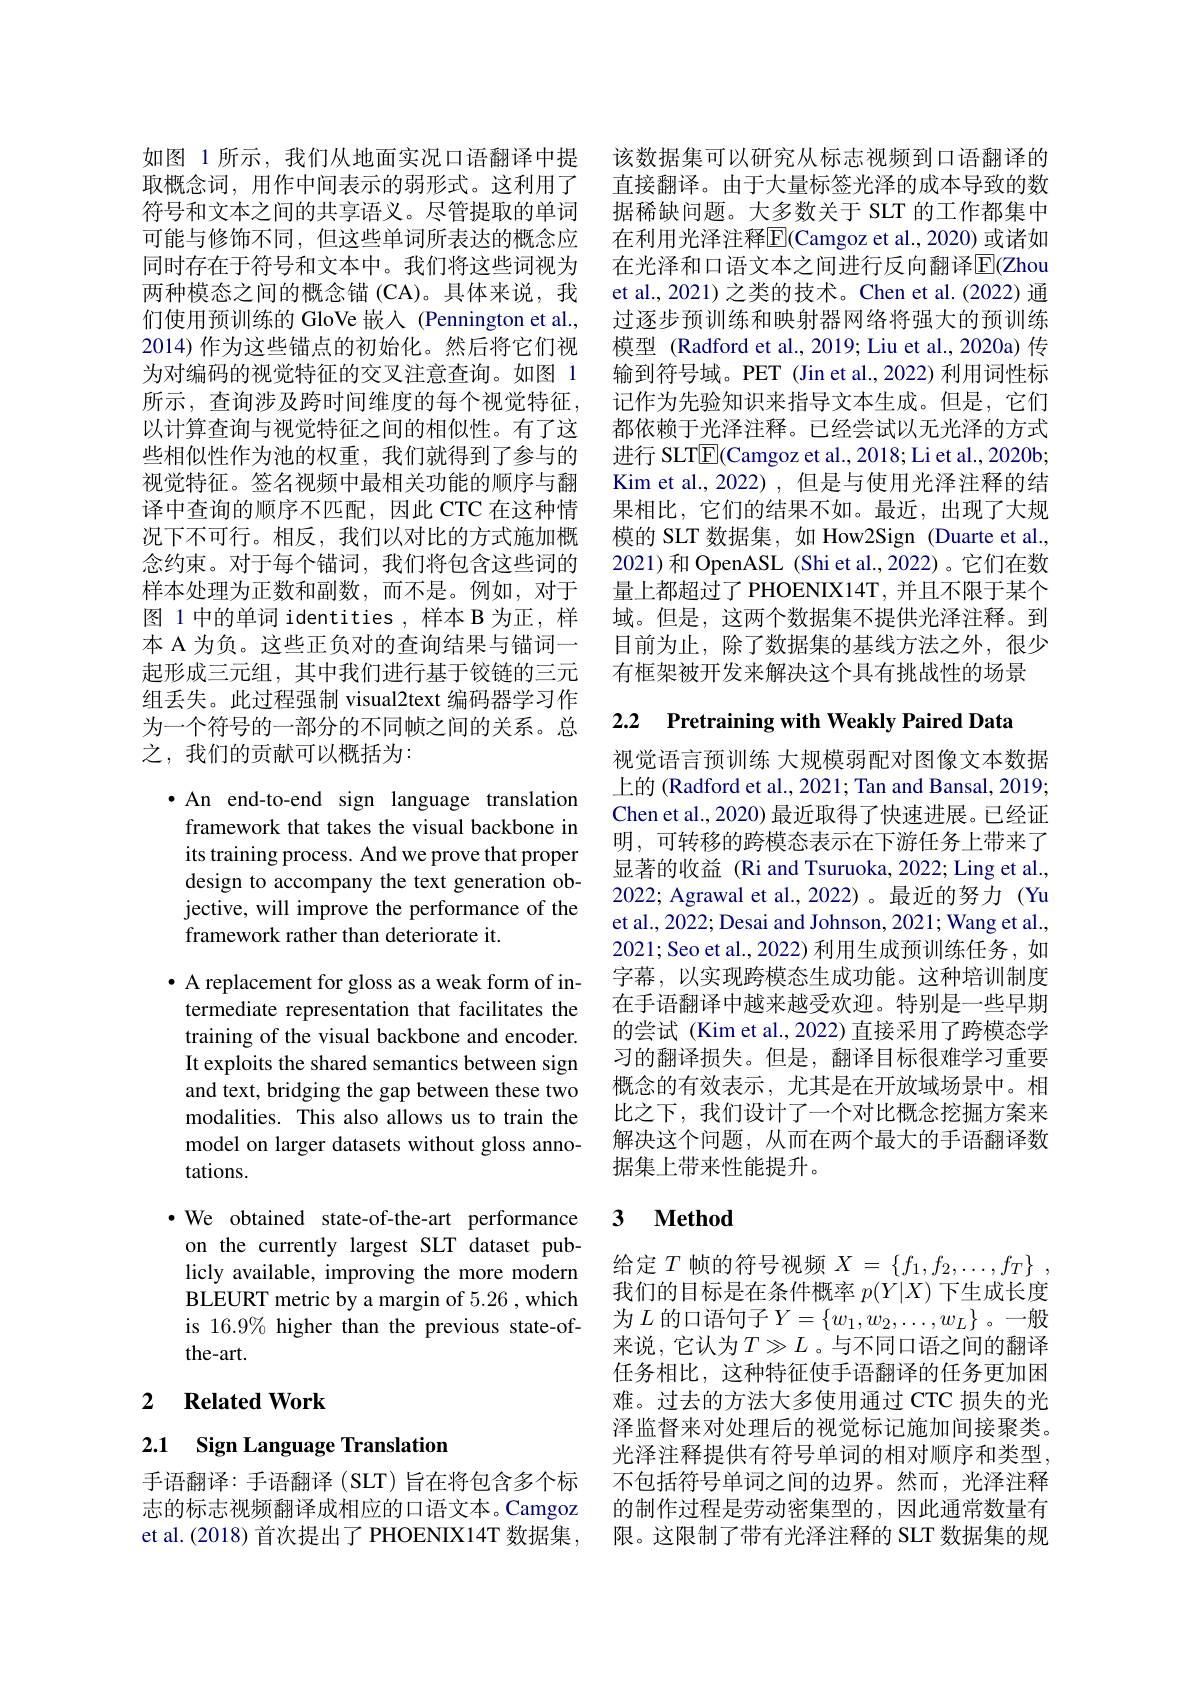
可能与修饰不同，但这些单词所表达的概念应两种模态之间的概念锚(CA)。具体来说，我们使用预训练的 GloVe 嵌入 (Pennington et al., 2014)作为这些锚点的初始化。然后将它们视为对编码的视觉特征的交叉注意查询。如图 1所示，查询涉及跨时间维度的每个视觉特征， 以计算查询与视觉特征之间的相似性。有了这些相似性作为池的权重，我们就得到了参与的视觉特征。签名视频中最相关功能的顺序与翻译中查询的顺序不匹配，因此 CTC 在这种情况下不可行。相反，我们以对比的方式施加概念约束。对于每个锚词，我们将包含这些词的样本处理为正数和副数，而不是。例如，对于图 1 中的单词 identities , 样本 B 为正，样本 A 为负。这些正负对的查询结果与锚词一起形成三元组，其中我们进行基于铰链的三元组丢失。此过程强制 visual2text 编码器学习作为一个符号的一部分的不同帧之间的关系。总之，我们的贡献可以概括为：

·An end-to-end sign language translation framework that takes the visual backbone in its training process. And we prove that proper design to accompany the text generation objective, will improve the performance of the framework rather than deteriorate it.

$\bullet$ A replacement for gloss as a weak form of intermediate representation that facilitates the training of the visual backbone and encoder. It exploits the shared semantics between sign and text, bridging the gap between these two modalities. This also allows us to train the model on larger datasets without gloss annotations.

·We obtained state-of-the-art performance
on the currently largest SLT dataset publicly available, improving the more modern BLEURT metric by a margin of 5.26 , which is 16.9% higher than the previous state-ofthe-art.

## 2 $\textbf{Related Work}$

2.1 Sign Language Translation

如图 1 所示，我们从地面实况口语翻译中提 该数据集可以研究从标志视频到口语翻译的取概念词，用作中间表示的弱形式。这利用了 直接翻译。由于大量标签光泽的成本导致的数符号和文本之间的共享语义。尽管提取的单词 据稀缺问题。大多数关于 SLT 的工作都集中
在利用光泽注释$\overline{\mathrm{F}}($Camgoz et al., 2020) 或诸如
同时存在于符号和文本中。我们将这些词视为 在光泽和口语文本之间进行反向翻译E(Zhou
et al., 2021) 之类的技术。Chen et al.(2022) 通过逐步预训练和映射器网络将强大的预训练模型 (Radford et al., 2019; Liu et al., 2020a) 传输到符号域。PET (Jin et al., 2022) 利用词性标记作为先验知识来指导文本生成。但是，它们都依赖于光泽注释。已经尝试以无光泽的方式进行 SLT$\overline{\mathrm{E}}($Camgoz et al., 2018; Li et al., 2020b; Kim et al.,2022),但是与使用光泽注释的结果相比，它们的结果不如。最近，出现了大规模的 SLT 数据集，如 How2Sign (Duarte et al., 2021)和 OpenASL (Shi et al.,2022)。它们在数量上都超过了 PHOENIX14T, 并且不限于某个域。但是，这两个数据集不提供光泽注释。到目前为止，除了数据集的基线方法之外，很少有框架被开发来解决这个具有挑战性的场景

2.2 Pretraining with Weakly Paired Data

视觉语言预训练 大规模弱配对图像文本数据上的 (Radford et al., 2021; Tan and Bansal, 2019; Chen et al., 2020) 最近取得了快速进展。已经证明，可转移的跨模态表示在下游任务上带来了显著的收益 (Ri and Tsuruoka, 2022; Ling et al., 2022; Agrawal et al.,2022)。最近的努力(Yu et al., 2022; Desai and Johnson, 2021; Wang et al., 2021;Seo et al., 2022)利用生成预训练任务，如字幕，以实现跨模态生成功能。这种培训制度在手语翻译中越来越受欢迎。特别是一些早期的尝试 (Kim et al., 2022) 直接采用了跨模态学习的翻译损失。但是，翻译目标很难学习重要概念的有效表示，尤其是在开放域场景中。相比之下，我们设计了一个对比概念挖掘方案来解决这个问题，从而在两个最大的手语翻译数据集上带来性能提升。

## 3 $\textbf{Method}$

给定$T$帧的符号视频$X=\left\{f_1,f_2,\ldots,f_T\right\}$, 我们的目标是在条件概率$p(Y|X)$下生成长度为$L$ 的口语句子$Y=\{w_1,w_2,\ldots,w_L\}$。一般来说，它认为$T\gg L$。与不同口语之间的翻译任务相比，这种特征使手语翻译的任务更加困难。过去的方法大多使用通过 CTC 损失的光泽监督来对处理后的视觉标记施加间接聚类。光泽注释提供有符号单词的相对顺序和类型，
手语翻译：手语翻译 (SLT) 旨在将包含多个标 不包括符号单词之间的边界。然而，光泽注释志的标志视频翻译成相应的口语文本。Camgoz 的制作过程是劳动密集型的，因此通常数量有et al. (2018) 首次提出了 PHOENIX14T 数据集，限。这限制了带有光泽注释的 SLT 数据集的规